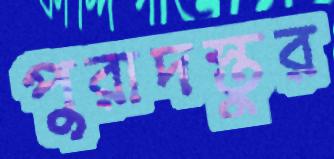
পুরাদস্তুর